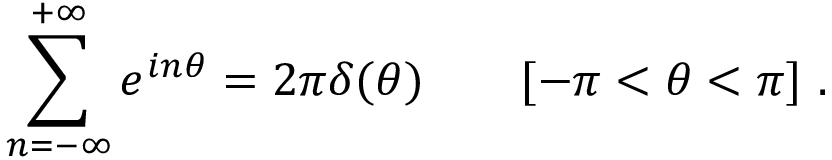
\sum _ { n = - \infty } ^ { + \infty } e ^ { i n \theta } = 2 \pi \delta ( \theta ) \qquad [ - \pi < \theta < \pi ] \ .